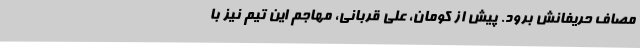
مصاف حریفانش برود. پیش از کومان، علی قربانی، مهاجم این تیم نیز با